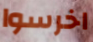
اخرسوا